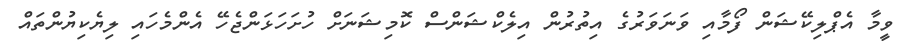
ވީމާ އެޕްލިކޭޝަން ފޯމާއި ވަނަވަރުގެ އިތުރުން އިލެކްޝަންސް ކޮމިޝަނަށް ހުށަހަޅަންޖެހޭ އެންމެހައި ލިޔެކިޔުންތައް